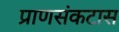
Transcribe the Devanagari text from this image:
प्राणसंकटास